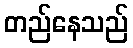
တည်နေသည်